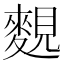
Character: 麲